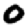
Digit: 0